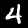
Label: 4